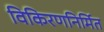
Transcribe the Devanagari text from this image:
विकिरणनिर्मित